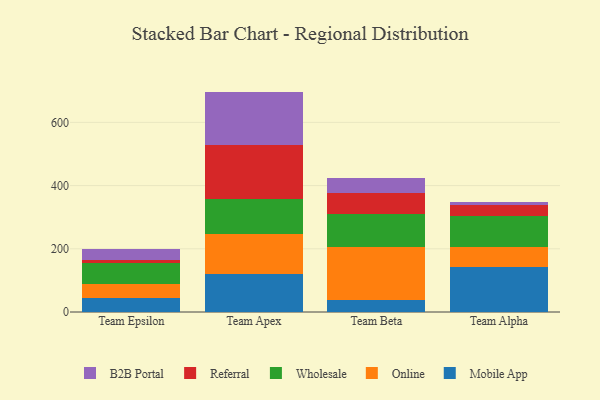
{"axis": {"x": "Team", "y": "Humidity (%)"}, "legend": ["B2B Portal", "Mobile App", "Online", "Referral", "Wholesale"], "data": [{"x": "Team Epsilon", "y": 43.3, "type": "Mobile App"}, {"x": "Team Epsilon", "y": 45.2, "type": "Online"}, {"x": "Team Epsilon", "y": 67.7, "type": "Wholesale"}, {"x": "Team Epsilon", "y": 8.6, "type": "Referral"}, {"x": "Team Epsilon", "y": 35.6, "type": "B2B Portal"}, {"x": "Team Apex", "y": 120.1, "type": "Mobile App"}, {"x": "Team Apex", "y": 126.7, "type": "Online"}, {"x": "Team Apex", "y": 111.8, "type": "Wholesale"}, {"x": "Team Apex", "y": 170.5, "type": "Referral"}, {"x": "Team Apex", "y": 168.3, "type": "B2B Portal"}, {"x": "Team Beta", "y": 38.5, "type": "Mobile App"}, {"x": "Team Beta", "y": 166.6, "type": "Online"}, {"x": "Team Beta", "y": 104.5, "type": "Wholesale"}, {"x": "Team Beta", "y": 67.9, "type": "Referral"}, {"x": "Team Beta", "y": 47.4, "type": "B2B Portal"}, {"x": "Team Alpha", "y": 141.9, "type": "Mobile App"}, {"x": "Team Alpha", "y": 62.6, "type": "Online"}, {"x": "Team Alpha", "y": 99.1, "type": "Wholesale"}, {"x": "Team Alpha", "y": 33.7, "type": "Referral"}, {"x": "Team Alpha", "y": 11.6, "type": "B2B Portal"}]}